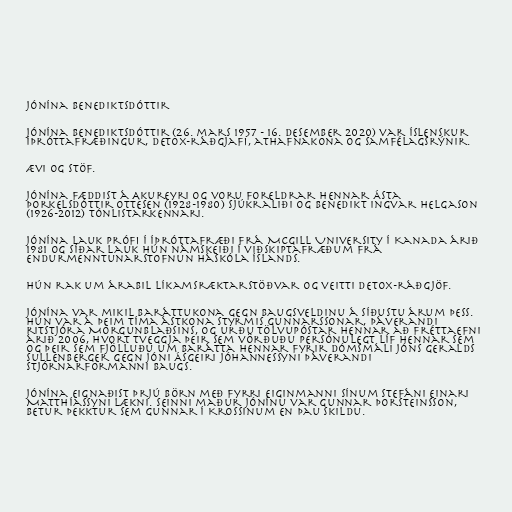
Jónína Benediktsdóttir

Jónína Benediktsdóttir (26. mars 1957 - 16. desember 2020) var íslenskur
íþróttafræðingur, detox-ráðgjafi, athafnakona og samfélagsrýnir.

Ævi og stöf.

Jónína fæddist á Akureyri og voru foreldrar hennar Ásta
Þorkelsdóttir Ottesen (1928-1980) sjúkraliði og Benedikt Ingvar Helgason
(1926-2012) tónlistarkennari.

Jónína lauk prófi í íþróttafræði frá McGill University í Kanada árið
1981 og síðar lauk hún námskeiði í viðskiptafræðum frá
Endurmenntunarstofnun Háskóla Íslands.

Hún rak um árabil líkamsræktarstöðvar og veitti detox-ráðgjöf.

Jónína var mikil baráttukona gegn Baugsveldinu á síðustu árum þess.
Hún var á þeim tíma ástkona Styrmis Gunnarssonar, þáverandi
ritstjóra Morgunblaðsins, og urðu tölvupóstar hennar að fréttaefni
árið 2006, hvort tveggja þeir sem vörðuðu persónulegt líf hennar sem
og þeir sem fjölluðu um barátta hennar fyrir dómsmáli Jóns Geralds
Sullenberger gegn Jóni Ásgeiri Jóhannessyni þáverandi
stjórnarformanni Baugs.

Jónína eignaðist þrjú börn með fyrri eiginmanni sínum Stefáni Einari
Matthíassyni lækni. Seinni maður Jónínu var Gunnar Þorsteinsson,
betur þekktur sem Gunnar í Krossinum en þau skildu.